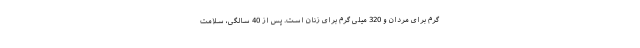
گرم برای مردان و 320 میلی گرم برای زنان است. پس از 40 سالگی، سلامت